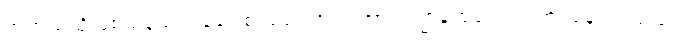
အဘယ်သို့ဖြစ်သနည်း။ ခေါ၊ စင်စစ်။ အယံ အာယသ္မာနာရဒေါ၊ ဤအရှင်နာရဒသည်။